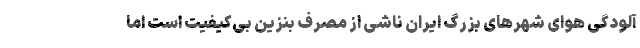
آلودگی هوای شهرهای بزرگ ایران ناشی از مصرف بنزین‌ بی‌کیفیت است اما